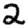
Digit: 2